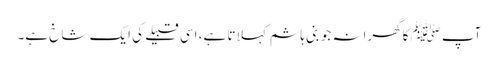
آپ ﷺکا گھرانہ جو بنی ہاشم کہلاتا ہے، اسی قبیلے کی ایک شاخ ہے۔